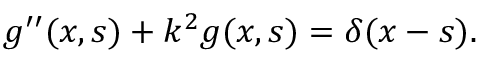
g ^ { \prime \prime } ( x , s ) + k ^ { 2 } g ( x , s ) = \delta ( x - s ) .